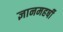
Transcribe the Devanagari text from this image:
ज्ञानमहर्षी